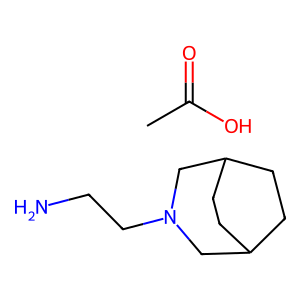
SMILES: CC(=O)O.NCCN1CC2CCC(CC2)C1
Inhibits HIV replication: No